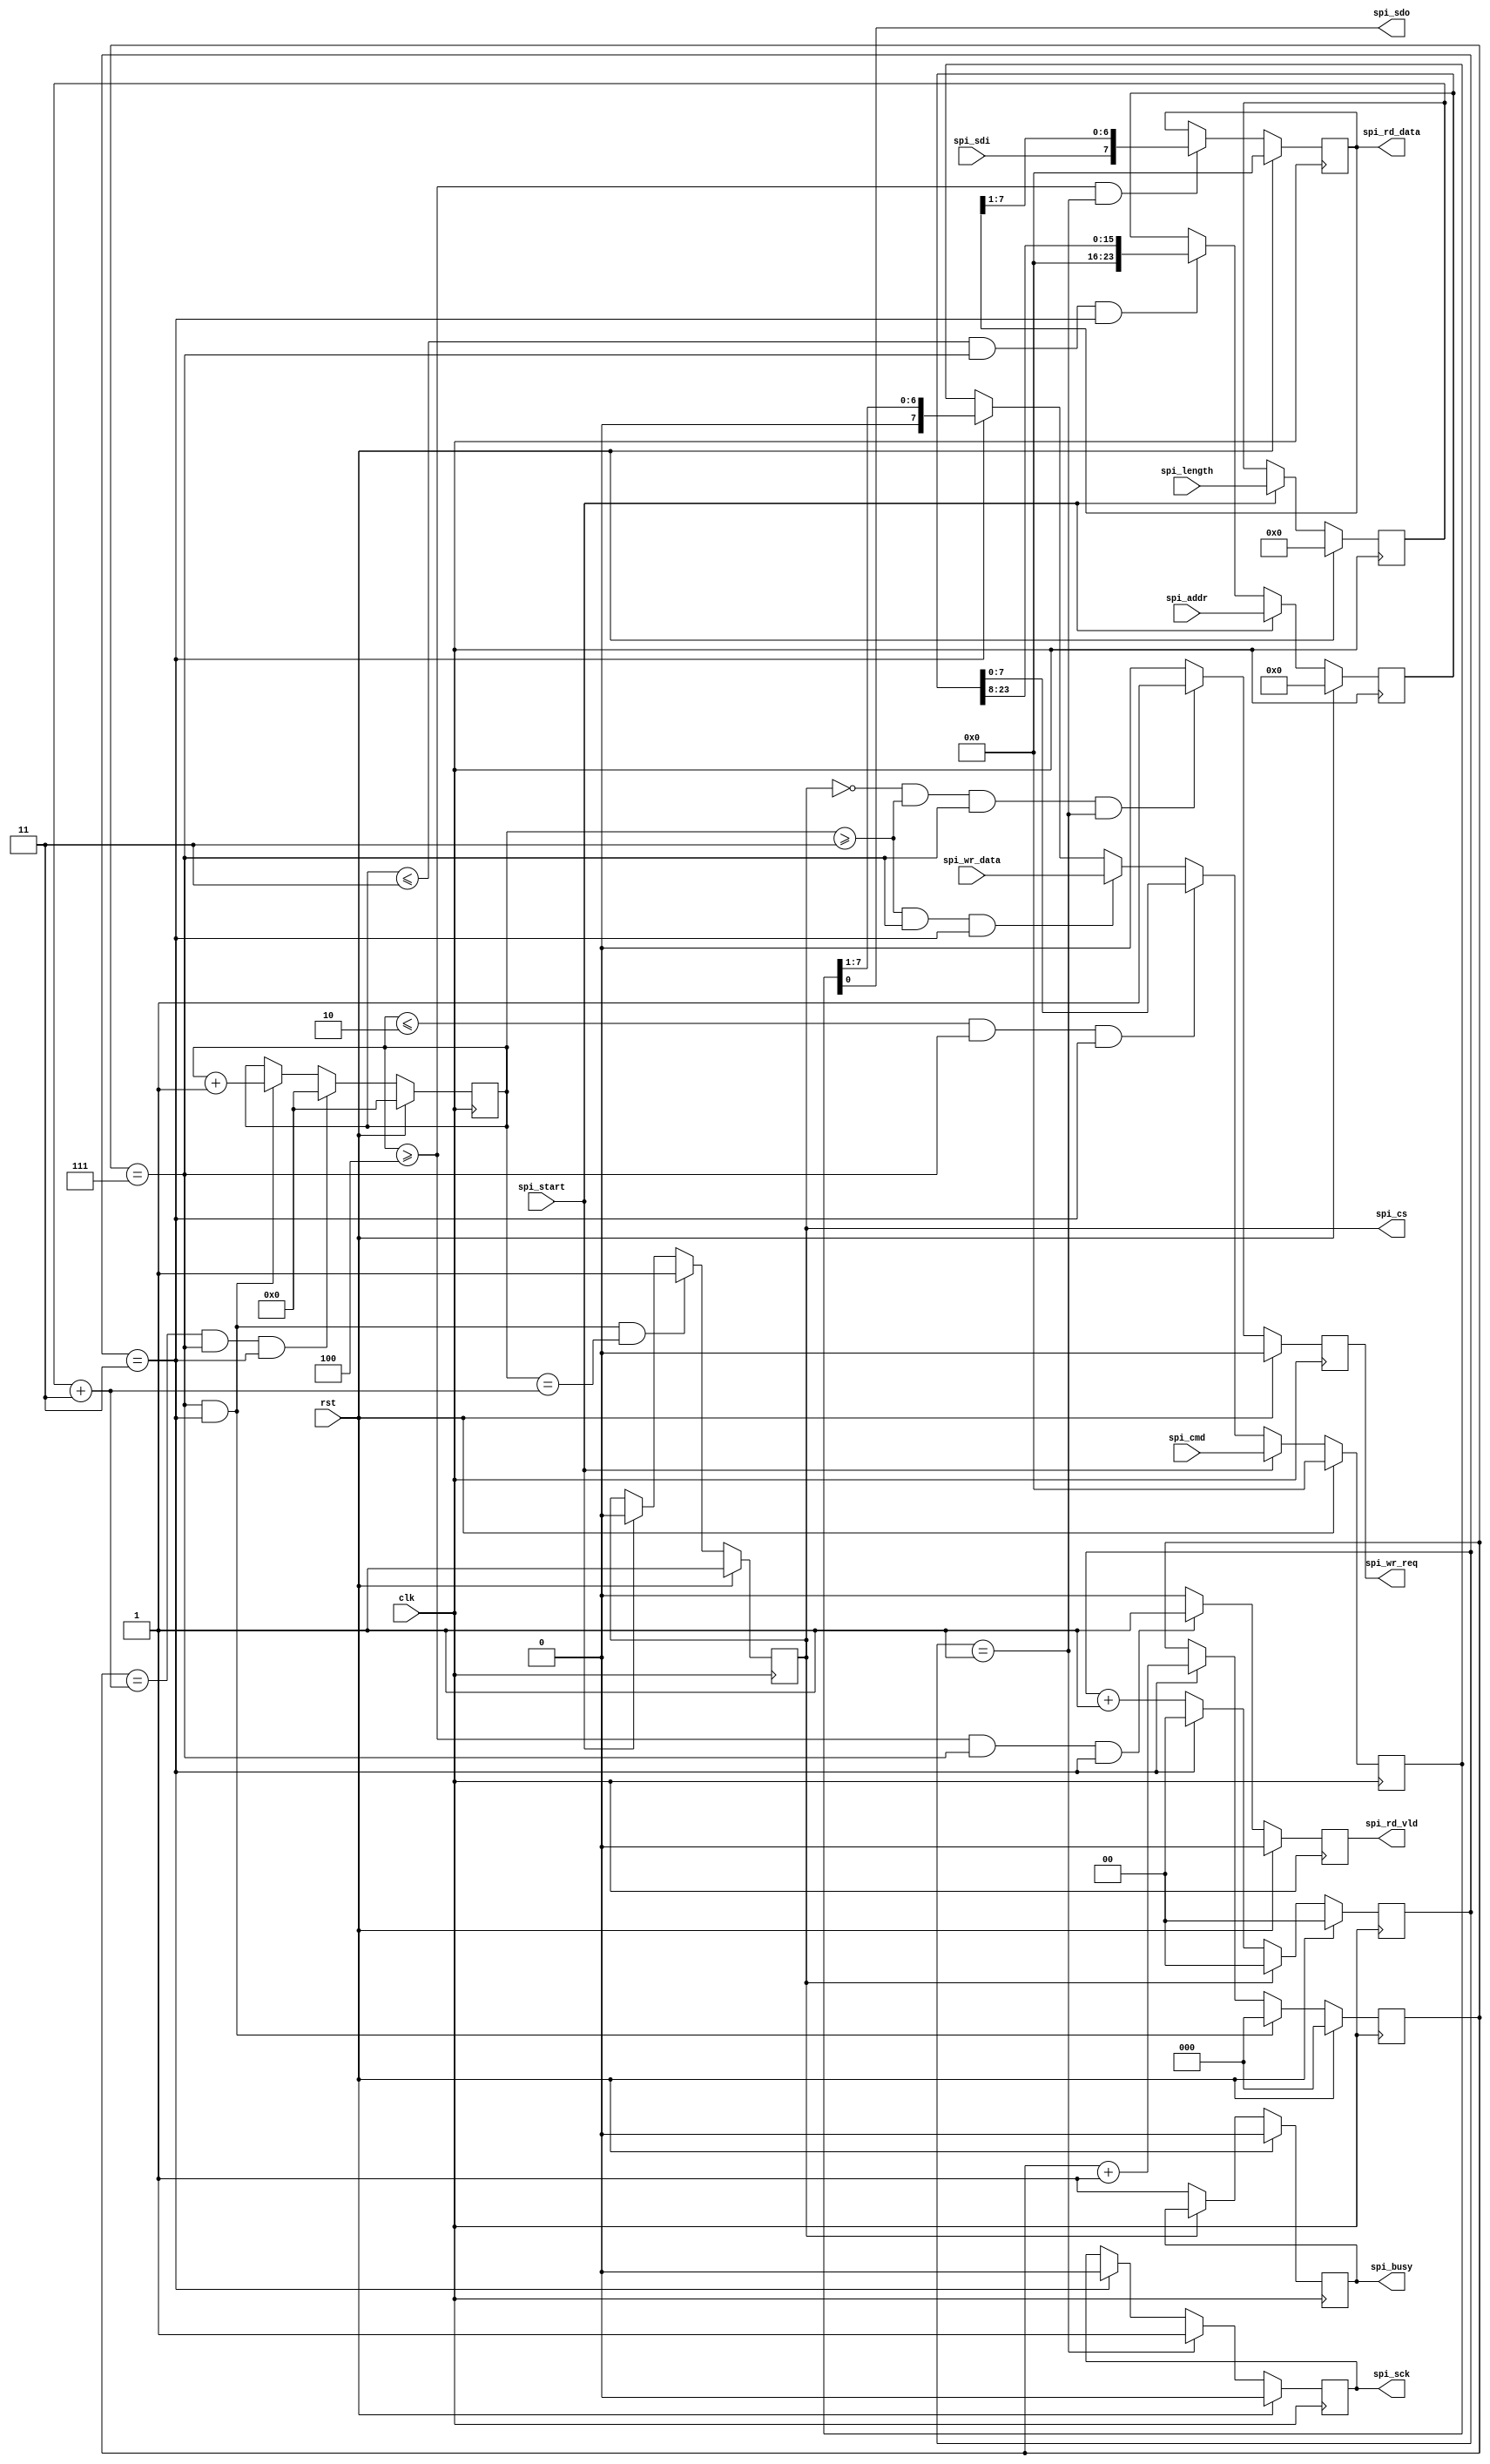
`timescale 1ns / 1ns
//****************************************VSCODE PLUG-IN**********************************// 
//---------------------------------------------------------------------------------------- 
// IDE :                   VSCODE      
// VSCODE plug-in version: Verilog-Hdl-Format-2.4.20240526
// VSCODE plug-in author : Jiang Percy 
//---------------------------------------------------------------------------------------- 
//****************************************Copyright (c)***********************************// 
// Copyright(C)            xlx_fpga
// All rights reserved      
// File name:               
// Last modified Date:     2024/07/10 15:19:34 
// Last Version:           V1.0 
// Descriptions:            
//---------------------------------------------------------------------------------------- 
// Created date:           2024/07/10 15:19:34 
// Version:                V1.0 
// TEXT NAME:              spi_master.v 
// PATH:                   E:\3.xlx_fpga\6.SPI\rtl\spi_master.v 
// Descriptions:            
//                          
//---------------------------------------------------------------------------------------- 
//****************************************************************************************// 

module spi_master#(
    parameter                                   SYS_CLK_FREQ       = 50_000_000,
    parameter                                   SPI_CLK_FREQ       = 12_500_000,
    parameter                                   ADDR_WIDTH         = 24    
)
(
    input                                       clk                 ,
    input                                       rst                 ,
    //***************************************************************************************
    // SPI                                                                                    
    //***************************************************************************************
    output reg                                  spi_sck             ,
    output reg                                  spi_cs              ,
    output                                      spi_sdo             ,
    input                                       spi_sdi             ,
    //***************************************************************************************
    // SPI                                                                                    
    //***************************************************************************************
    input                                       spi_start           ,
    input              [7: 0]                   spi_cmd             ,//
    input              [ADDR_WIDTH-1: 0]        spi_addr            ,//
    input              [11: 0]                  spi_length          ,//
    input              [7: 0]                   spi_wr_data         ,
    output reg         [7: 0]                   spi_rd_data         ,
    output reg                                  spi_busy            ,
    output reg                                  spi_wr_req          ,
    output reg                                  spi_rd_vld           
);
    localparam                                  DIV_CNT_MAX        = SYS_CLK_FREQ / SPI_CLK_FREQ - 1;
    localparam                                  DIV_CNT_MAX_HALF   = DIV_CNT_MAX  /2; 

    reg                [$clog2(DIV_CNT_MAX)-1: 0]div_cnt            ;
    reg                [2: 0]                   bit_cnt             ;
    reg                [12: 0]                  byte_cnt            ;

    reg                [11: 0]                  spi_length_d0       ;
    reg                [ADDR_WIDTH-1: 0]        spi_addr_d0         ;

    reg                [7: 0]                   send_data           ;

//***************************************************************************************
//                                                                                     
//***************************************************************************************
    always @(posedge clk )
        begin
            if(rst) begin
                spi_length_d0 <= 0;
        end
            else if(spi_start) begin
                spi_length_d0 <= spi_length;
        end
            else begin
                spi_length_d0 <= spi_length_d0;
        end
        end
//***************************************************************************************
// div_cnt                                                                                    
//***************************************************************************************
    always @(posedge clk )
        begin
            if(rst) begin
                div_cnt <= 0;
        end
            else if(spi_cs) begin
                div_cnt <= 0;
        end
            else if(div_cnt == DIV_CNT_MAX) begin
                div_cnt <= 0;
        end
            else begin
                div_cnt <= div_cnt +1;
        end
        end
//***************************************************************************************
// bit_cnt                                                                                  
//***************************************************************************************  
    always @(posedge clk )
        begin
            if(rst) begin
                bit_cnt <= 0;
        end
            else if(bit_cnt == 7 && div_cnt == DIV_CNT_MAX) begin
                bit_cnt <= 0;
        end
            else if(div_cnt == DIV_CNT_MAX) begin
                bit_cnt <= bit_cnt +1;
        end
            else begin
                bit_cnt <= bit_cnt;
        end
        end
//***************************************************************************************
// byte_cnt                                                                                    
//***************************************************************************************
    always @(posedge clk )
        begin
            if(rst) begin
                byte_cnt <= 0;
        end
            else if(bit_cnt == (spi_length_d0 + ADDR_WIDTH/8) && bit_cnt == 7 && div_cnt == DIV_CNT_MAX) begin
                byte_cnt <= 0;
        end
            else if(bit_cnt == 7 && div_cnt == DIV_CNT_MAX) begin
                byte_cnt <= byte_cnt +1;
        end
            else begin
                byte_cnt <= byte_cnt;
        end
        end
//***************************************************************************************
// cs                                                                                    
//***************************************************************************************
    always @(posedge clk) begin
            if(rst)
                spi_cs <= 1;
            else if(div_cnt == DIV_CNT_MAX && bit_cnt == 7 && byte_cnt == (spi_length_d0 + ADDR_WIDTH/8))
                spi_cs <= 1;
            else if(spi_start)
                spi_cs <= 0;
        end
//***************************************************************************************
//                                                                                     
//*************************************************************************************** 
    always @(posedge clk )
        begin
            if(rst) begin
                spi_addr_d0 <= 0;
        end
            else if(spi_start) begin
                spi_addr_d0 <= spi_addr;
        end
            else if(byte_cnt <= ADDR_WIDTH/8 && bit_cnt == 7 && div_cnt ==DIV_CNT_MAX) begin
                spi_addr_d0 <= spi_addr_d0 >> 8;
        end
            else begin
                spi_addr_d0 <= spi_addr_d0;
        end
        end
//***************************************************************************************
// spi_sck                                                                                    
//*************************************************************************************** 
    always @(posedge clk )
        begin
            if(rst) begin
                spi_sck <= 0;
        end
            else if(div_cnt == DIV_CNT_MAX_HALF) begin
                spi_sck <= 1;
        end
            else if(div_cnt == DIV_CNT_MAX) begin
                spi_sck <= 0;
        end
            else begin
                spi_sck <= spi_sck;
        end
        end
//***************************************************************************************
// sdo                                                                                    
//***************************************************************************************
    assign                                      spi_sdo            = send_data[0];

//***************************************************************************************
// send_data                                                                                    
//***************************************************************************************
    always @(posedge clk )
        begin
            if(rst) begin
                send_data <= 0;
        end
            else if(spi_start) begin
                send_data <= spi_cmd;
        end
            else if(byte_cnt <= ADDR_WIDTH/8 -1 && bit_cnt == 7 && div_cnt ==DIV_CNT_MAX) begin
                send_data <= spi_addr_d0[7:0];
        end
            else if(byte_cnt >= ADDR_WIDTH/8  && bit_cnt == 7 && div_cnt ==DIV_CNT_MAX) begin
                send_data <= spi_wr_data;
        end
            else if(div_cnt == DIV_CNT_MAX) begin
                send_data <= send_data >>1;
        end
            else begin
                                                         
        end
        end

//***************************************************************************************
// wr_req                                                                                    
//***************************************************************************************
    always @(posedge clk) begin
            if(rst)
                spi_wr_req <= 0;
            else if(~spi_cs && byte_cnt >= ADDR_WIDTH/8 && bit_cnt == 7 && div_cnt == DIV_CNT_MAX - 2 )
                spi_wr_req <= 1;
            else 
                spi_wr_req <= 0;
        end
//***************************************************************************************
// rd_data                                                                                    
//***************************************************************************************
    always @(posedge clk )
        begin
            if(rst) begin
                spi_rd_data <= 0;
        end
            else if(byte_cnt>= ADDR_WIDTH/8 +1 &&  div_cnt == DIV_CNT_MAX_HALF) begin
                spi_rd_data <= {spi_sdi,spi_rd_data[7:1]};
        end
            else begin
                spi_rd_data <= spi_rd_data;
        end
        end
//***************************************************************************************
// rd_vld                                                                                    
//*************************************************************************************** 
    always @(posedge clk )
        begin
            if(rst) begin
                spi_rd_vld <= 0;
        end
            else if(byte_cnt>= ADDR_WIDTH/8 +1 && bit_cnt == 7 && div_cnt == DIV_CNT_MAX) begin
                spi_rd_vld <= 1;
        end
            else begin
                spi_rd_vld <= 0;
        end
        end
//***************************************************************************************
// busy                                                                                    
//***************************************************************************************
    always @(posedge clk )
        begin
            if(rst) begin
                    spi_busy =0;
        end
            else if(~spi_cs) begin
                    spi_busy =1;
        end
            else begin
                    spi_busy =spi_busy;
        end
        end
        endmodule